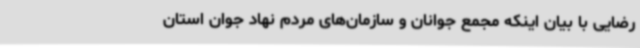
رضایی با بیان اینکه مجمع جوانان و سازمان‌های مردم نهاد جوان استان